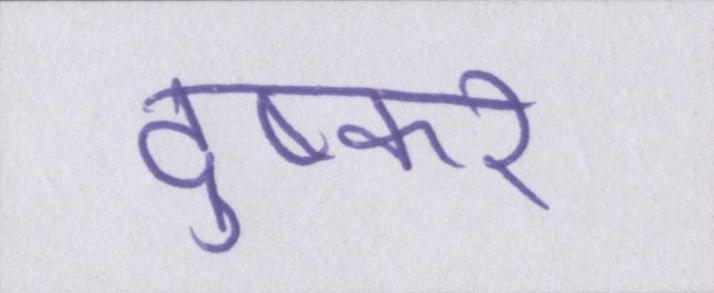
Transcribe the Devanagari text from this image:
दुष्कर